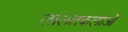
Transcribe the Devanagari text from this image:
ललितकलाओं